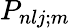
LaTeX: P_{nlj;m}